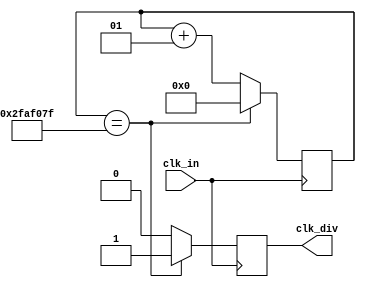
module div(clk_in,clk_div);
input clk_in;
output reg clk_div;
parameter n1=49999999;
integer m;

always@(posedge clk_in)
begin
	if(m==n1)
	begin
		clk_div<=1;
		m<=0;
	end
	else
	begin
		m<=m+1;
		clk_div=0;
	end
end

endmodule